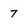
Character: 7